Vaccination Hyderabad 1872-1889 - 1872-1889
Year: 1872
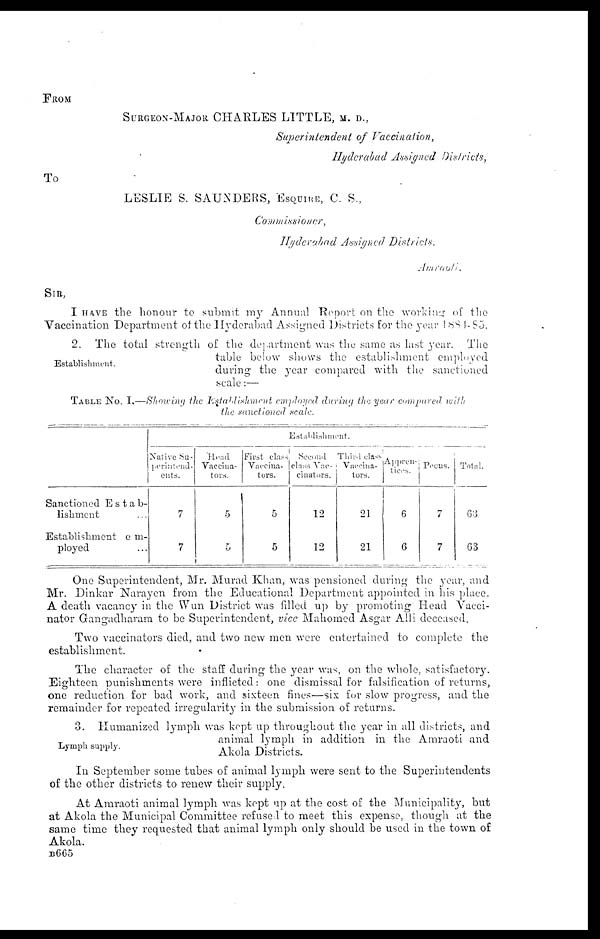
FROM
SURGEON-MAJOR CHARLES LITTLE, M.D.,
Superintendent of Vaccination,
Hyderabad Assigned Districts,
To
LESLIE S. SAUNDERS, ESQUIRE, C. S.,
Commissioner,
Hyderabad Assigned Districts.
Amraoti.
SIR,
I HAVE the honour to submit my Annual Report on the working of the
Vaccination Department of the Hyderabad Assigned Districts for the year 1884-85.
Establishment.
2. The total strength of the department was the same as last year. The
table below shows the establishment employed
during the year compared with the sanctioned
scale:—
TABLE No. I,—Showing the Establishment
employed during the year compared with
the sanctioned
scale.
Sanctioned Estab¬
lishment ...
Establishment em¬
ployed ...
Establishment.
Native Su-
perintend-
ents.
7
7
Head
Vaccina¬
tors.
5
5
First class
Vaccina¬
tors.
5
5
Second
class Vac¬
cinators.
12
12
Third class
Vaccina¬
tors.
21
21
Appren-
tices.
6
6
Peons.
7
7
Total.
63
63
One Superintendent, Mr. Murad Khan, was pensioned during the year, and
Mr. Dinkar Narayen from the Educational Department appointed in his place.
A death vacancy in the Wun District was filled up by promoting Head Vacci¬
nator Gangadharam to be Superintendent, vice Mahomed Asgar Alli deceased.
Two vaccinators died, and two new men were entertained to complete the
establishment.
The character of the staff during the year was, on the whole, satisfactory.
Eighteen punishments were inflicted: one dismissal for falsification of returns,
one reduction for bad work, and sixteen fines—six for slow progress, and the
remainder for repeated irregularity in the submission of returns.
Lymph supply.
3. Humanized lymph was kept up throughout the year in all districts, and
animal lymph in addition in the Amraoti and
Akola Districts.
In September some tubes of animal lymph were sent to the Superintendents
of the other districts to renew their supply.
At Amraoti animal lymph was kept up at the cost of the Municipality, but
at Akola the Municipal Committee refused to meet this expense, though at the
same time they requested that animal lymph only should be used in the town of
Akola.
B665